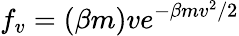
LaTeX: f_{v}=(\beta m)ve^{-\beta mv^{2}/2}